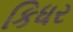
કિધર